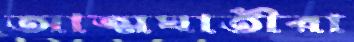
আত্মঘাতীরা